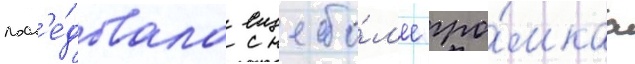
посл'е́довала еще бо́л'ее гро́мкаа